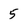
Character: 5